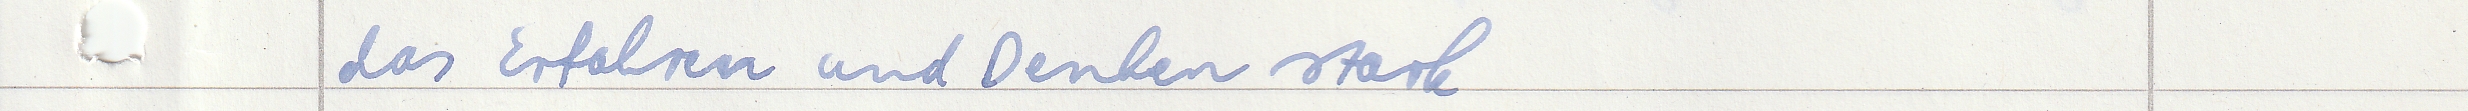
das Erfahren und Denken stark